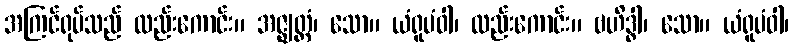
အကြင်ရုပ်သည် လည်းကောင်း။ အဇ္ဈတ္တံ၊ သော။ ယံရူပံဝါ၊ လည်းကောင်း။ ဗဟိဒ္ဓါ၊ သော။ ယံရူပံဝါ၊